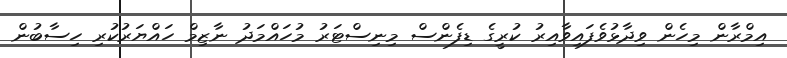
އިމްރާން މިހެން ވިދާޅުވެފައިވާއިރު ކުރީގެ ޑިފެންސް މިނިސްޓަރު މުހައްމަދު ނާޒިމް ހައްޔަރުކުރި ހިސާބުން